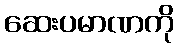
ဆေးပမာဏကို